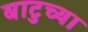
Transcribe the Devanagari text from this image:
बाटुच्या